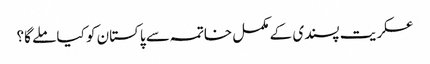
عسکریت پسندی کے مکمل خاتمہ سے پاکستان کو کیا ملے گا؟